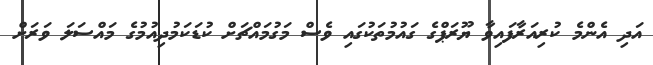
އަދި އެންމެ ކުރިއަރާފައިވާ ޔޫރަޕްގެ ގައުމުތަކުގައި ވެސް މަގުމައްޗަށް ކުޑަކަމުދިއުމުގެ މައްސަލަ ވަރަށް